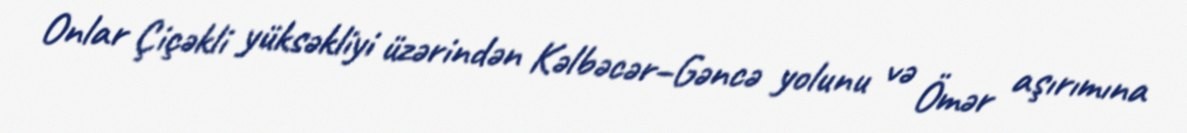
Onlar Çiçəkli yüksəkliyi üzərindən Kəlbəcər–Gəncə yolunu və Ömər aşırımına